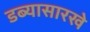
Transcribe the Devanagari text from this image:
डब्यासारखे